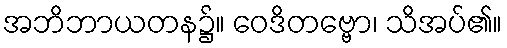
အဘိဘာယတန၌။ ဝေဒိတဗ္ဗော၊ သိအပ်၏။